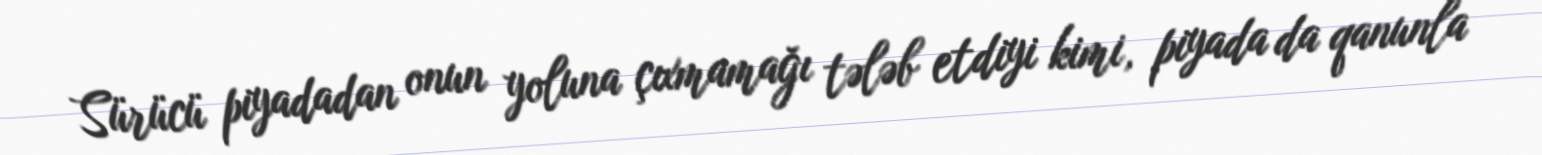
Sürücü piyadadan onun yoluna çıxmamağı tələb etdiyi kimi, piyada da qanunla